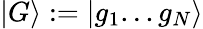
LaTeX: \vert G\rangle:=\vert g_{1}...g_{N}\rangle